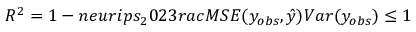
R ^ { 2 } = 1 - n e u r i p s _ { 2 } 0 2 3 r a c { M S E ( y _ { o b s } , \hat { y } ) } { V a r ( y _ { o b s } ) } \leq 1